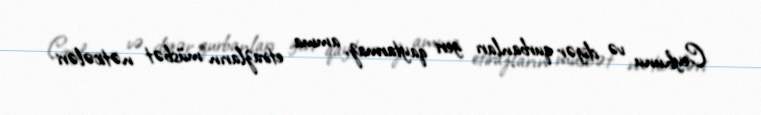
Ceyhunu və digər qurbanları geri qaytarmaz, amma etirazların müsbət nəticələri